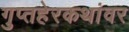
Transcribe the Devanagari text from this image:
गुप्तहेरकथांवर